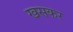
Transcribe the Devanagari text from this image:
खसकर